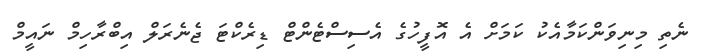
ނެތި މިނިވަންކަމާއެކު ކަމަށް އެ އޮފީހުގެ އެސިސްޓެންޓް ޑިރެކްޓަ ޖެނެރަލް އިބްރާހިމް ނައީމް